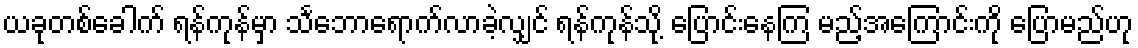
ယခုတစ်ခေါက် ရန်ကုန်မှာ သင်္ဘောရောက်လာခဲ့လျှင် ရန်ကုန်သို့ ပြောင်းနေကြ မည့်အကြောင်းကို ပြောမည်ဟု